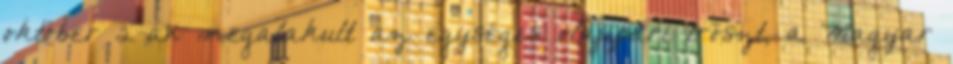
október 2-án megalakult az egységes olajipari tröszt, a Magyar